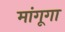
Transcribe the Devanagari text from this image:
मांगूगा